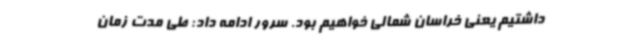
داشتیم یعنی خراسان شمالی خواهیم بود. سرور ادامه داد: طی مدت زمان